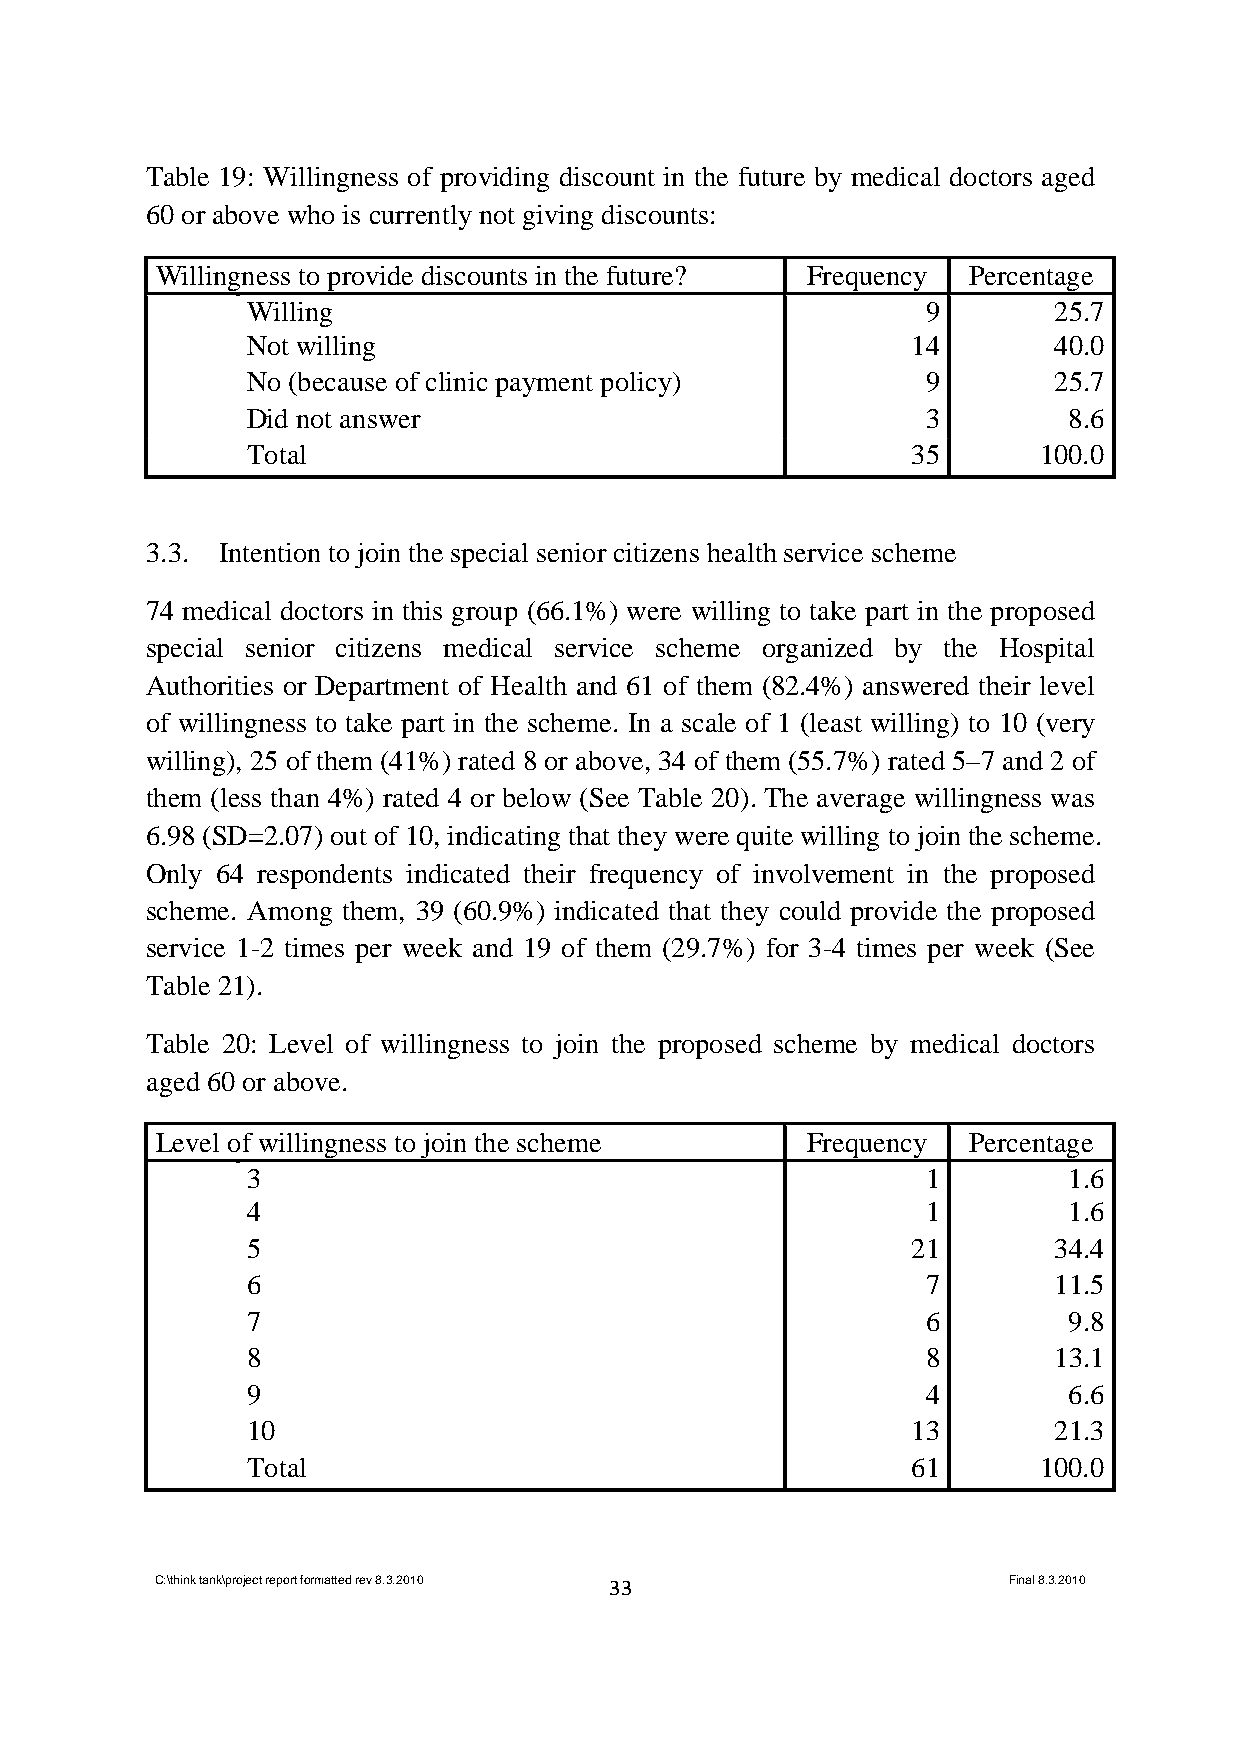
Table 19: Willingness of providing discount in the future by medical doctors aged
 60 or above who is currently not giving discounts:
 Willingness to provide discounts in the future? Frequency Percentage
 Willing                                      9        25.7
 Not willing                                 14        40.0
 No (because of clinic payment policy)        9        25.7
 Did not answer                               3         8.6
 Total                                       35       100.0
 3.3. Intention to join the special senior citizens health service scheme
 74 medical doctors in this group (66.1%) were willing to take part in the proposed
 special senior citizens medical service scheme organized by the Hospital
 Authorities or Department of Health and 61 of them (82.4%) answered their level
 of willingness to take part in the scheme. In a scale of 1 (least willing) to 10 (very
 willing), 25 of them (41%) rated 8 or above, 34 of them (55.7%) rated 5–7 and 2 of
 them (less than 4%) rated 4 or below (See Table 20). The average willingness was
 6.98 (SD=2.07) out of 10, indicating that they were quite willing to join the scheme.
 Only 64 respondents indicated their frequency of involvement in the proposed
 scheme. Among them, 39 (60.9%) indicated that they could provide the proposed
 service 1-2 times per week and 19 of them (29.7%) for 3-4 times per week (See
 Table 21).
 Table 20: Level of willingness to join the proposed scheme by medical doctors
 aged 60 or above.
 Level of willingness to join the scheme    Frequency  Percentage
 3                                            1         1.6
 4                                            1         1.6
 5                                           21        34.4
 6                                            7        11.5
 7                                            6         9.8
 8                                            8        13.1
 9                                            4         6.6
 10                                          13        21.3
 Total                                       61       100.0
 C:\think tank\project report formatted rev 8.3.2010 33   Final 8.3.2010